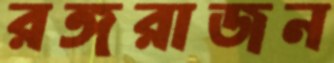
রঙ্গরাজন